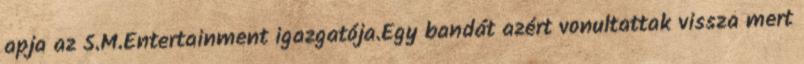
apja az S.M.Entertainment igazgatója.Egy bandát azért vonultattak vissza mert